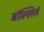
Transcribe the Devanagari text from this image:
बॉल्लिलं